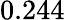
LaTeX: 0.244